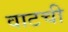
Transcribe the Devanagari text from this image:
वाटची